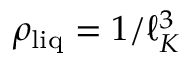
\rho _ { \mathrm { l i q } } = 1 / \ell _ { K } ^ { 3 }